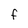
Character: F